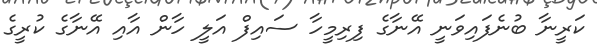
ކަރީނާ ބުނެފައިވަނީ އޭނާގެ ފިރިމީހާ ސައިފް އަލީ ހާން އާއި އޭނާގެ ކުރީގެ